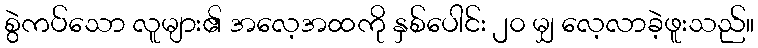
စွဲကပ်သော လူများ၏ အလေ့အထကို နှစ်ပေါင်း ၂၀ မျှ လေ့လာခဲ့ဖူးသည်။